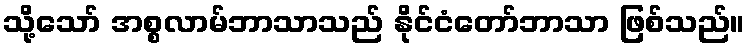
သို့သော် အစ္စလာမ်ဘာသာသည် နိုင်ငံတော်ဘာသာ ဖြစ်သည်။